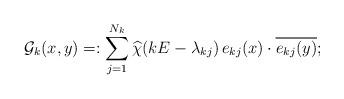
LaTeX: \begin{align*} \mathcal{G}_k(x,y)=:\sum_{j=1}^{N_k} \widehat{\chi}(kE-\lambda_{kj})\,e_{kj}(x)\cdot \overline{e_{kj}(y)};\end{align*}